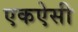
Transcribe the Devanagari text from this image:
एकऐसी